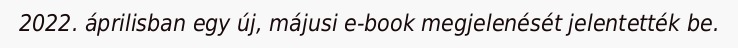
2022. áprilisban egy új, májusi e-book megjelenését jelentették be.